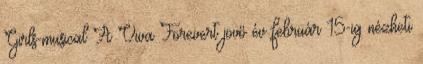
Girls-musical A Viva Forevert jövő év február 15-ig nézheti